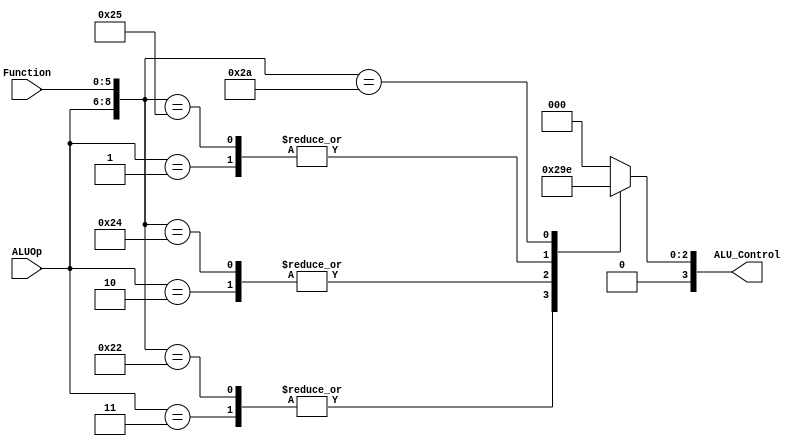
module ALUControl( ALU_Control, ALUOp, Function);
output reg[3:0] ALU_Control;
input [2:0] ALUOp;
input [5:0] Function;
wire [8:0] ALUControlIn;
assign ALUControlIn = {ALUOp,Function};
always @(ALUControlIn)
casex (ALUControlIn)
 9'b100xxxxxx: ALU_Control=4'b0000;
 9'b011xxxxxx: ALU_Control=4'b0001;
 9'b010xxxxxx: ALU_Control=4'b0010;
 9'b001xxxxxx: ALU_Control=4'b0011;
 9'b000100000: ALU_Control=4'b0000;
 9'b000100010: ALU_Control=4'b0001;
 9'b000100100: ALU_Control=4'b0010;
 9'b000100101: ALU_Control=4'b0011;
// 6'b000100: ALU_Control=4'b0100;
// 6'b000101: ALU_Control=4'b0101;
 9'b000101010: ALU_Control=4'b0110;  
 default: ALU_Control=4'b0000;
 endcase
endmodule